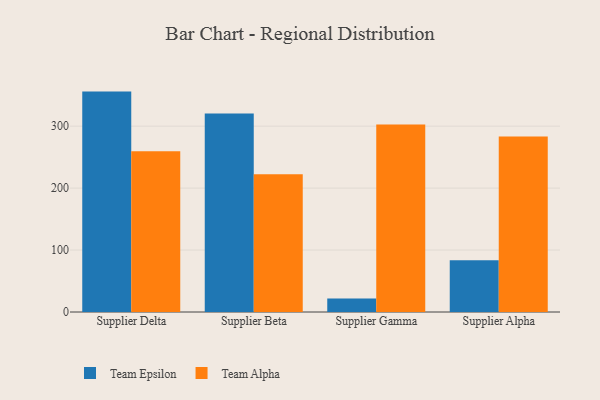
{"axis": {"x": "Supplier", "y": "Headcount"}, "legend": ["Team Alpha", "Team Epsilon"], "data": [{"x": "Supplier Delta", "y": 355.8, "type": "Team Epsilon"}, {"x": "Supplier Delta", "y": 259.5, "type": "Team Alpha"}, {"x": "Supplier Beta", "y": 320.6, "type": "Team Epsilon"}, {"x": "Supplier Beta", "y": 222.5, "type": "Team Alpha"}, {"x": "Supplier Gamma", "y": 21.8, "type": "Team Epsilon"}, {"x": "Supplier Gamma", "y": 302.6, "type": "Team Alpha"}, {"x": "Supplier Alpha", "y": 83.6, "type": "Team Epsilon"}, {"x": "Supplier Alpha", "y": 283.5, "type": "Team Alpha"}]}